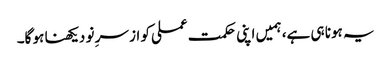
یہ ہونا ہی ہے، ہمیں اپنی حکمت عملی کو از سرِ نو دیکھنا ہو گا۔